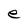
Character: e